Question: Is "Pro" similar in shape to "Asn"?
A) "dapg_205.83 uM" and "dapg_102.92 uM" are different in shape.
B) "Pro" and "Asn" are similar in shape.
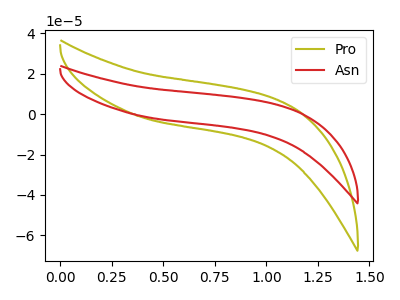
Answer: <think>The olive curve "Pro" has no peaks. The red curve "Asn" has no peaks.
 Neither "Pro" or "Asn" have any peaks.</think>
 <answer>B) "Pro" and "Asn" are similar in shape.</answer>
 <eval>B</eval>